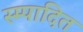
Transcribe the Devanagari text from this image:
स्म्पादित